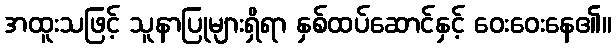
အထူးသဖြင့် သူနာပြုများရှိရာ နှစ်ထပ်ဆောင်နှင့် ဝေးဝေးနေ၏။